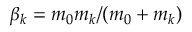
\beta _ { k } = m _ { 0 } m _ { k } / ( m _ { 0 } + m _ { k } )